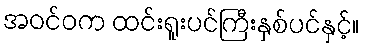
အဝင်ဝက ထင်းရူးပင်ကြီးနှစ်ပင်နှင့်။